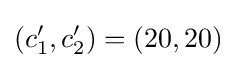
(c_{1}',c_{2}')=(20,20)